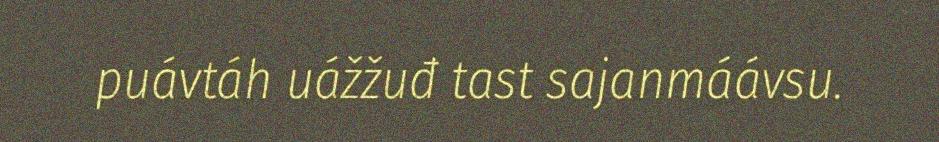
puávtáh uážžuđ tast sajanmáávsu.